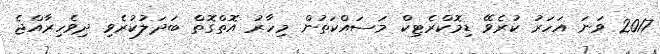
2017 ވަނަ އަހަރު ކުރެވޭ ޑިމޮކްރެޓިކް މަސައްކަތުން މިހާރު އޮތްގޮތް ބަދަލުކުރެވި ދިވެހިރާއްޖެ